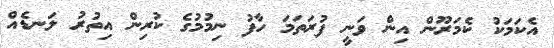
އެކަމަކު ކެމަރޫން އިން ވަނީ ފުރަތަމަ ހާފު ނިމުމުގެ ކުރިން އިތުރު ލަނޑެއް